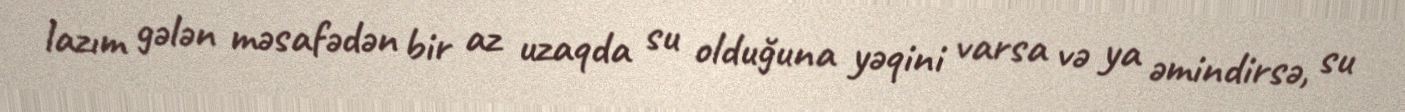
lazım gələn məsafədən bir az uzaqda su olduğuna yəqini varsa və ya əmindirsə, su